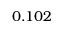
0 . 1 0 2